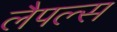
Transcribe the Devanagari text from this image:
लैपल्स